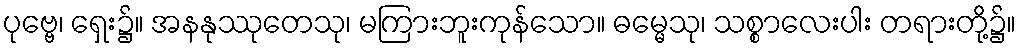
ပုဗ္ဗေ၊ ရှေး၌။ အနနုဿုတေသု၊ မကြားဘူးကုန်သော။ ဓမ္မေသု၊ သစ္စာလေးပါး တရားတို့၌။